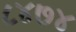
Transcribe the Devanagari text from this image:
८४७४